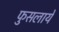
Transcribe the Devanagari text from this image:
फुसलाये